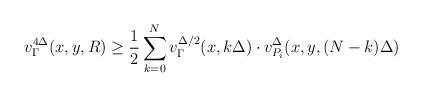
LaTeX: \begin{align*} v^{4\Delta}_\Gamma (x,y,R) \geq \frac12 \sum_{k= 0}^{N} v^{\Delta/2}_{\Gamma} \! \left(x, k\Delta \right) \cdot v^{\Delta}_{P_i} \! \left(x,y, (N-k)\Delta \right) \end{align*}